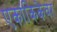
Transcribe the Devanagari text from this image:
एकांकिकेवर